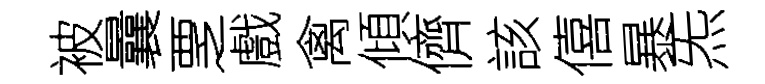
被曩覂戲禽傾儕該僖暴炁